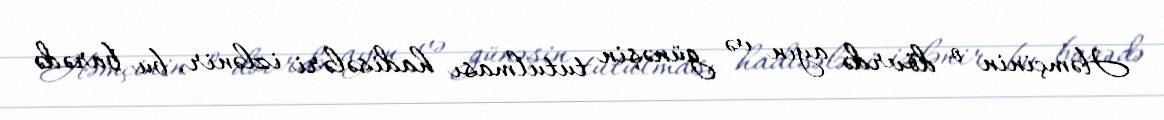
Həmçinin o dövrdə ayın və günəşin tutulması hadisələri izlənir, bu barədə